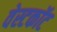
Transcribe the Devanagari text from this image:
वेस्टकॉट